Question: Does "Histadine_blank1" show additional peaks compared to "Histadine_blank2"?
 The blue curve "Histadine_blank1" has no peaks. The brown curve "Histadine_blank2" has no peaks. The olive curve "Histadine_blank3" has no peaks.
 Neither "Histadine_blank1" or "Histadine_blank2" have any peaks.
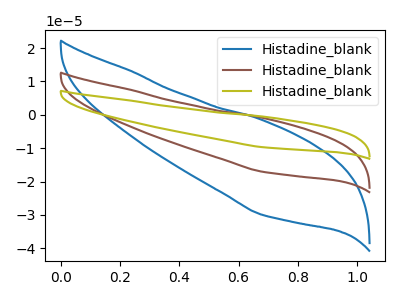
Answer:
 <answer>No, "Histadine_blank1" and "Histadine_blank2" don't appear to be significantly different in shape</answer>
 <eval>no_change</eval>